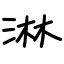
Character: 淋